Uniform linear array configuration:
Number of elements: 12
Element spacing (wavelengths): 0.75
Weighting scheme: kaiser
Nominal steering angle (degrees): -45
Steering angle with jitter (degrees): -45.803
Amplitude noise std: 0.05
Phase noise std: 0.05

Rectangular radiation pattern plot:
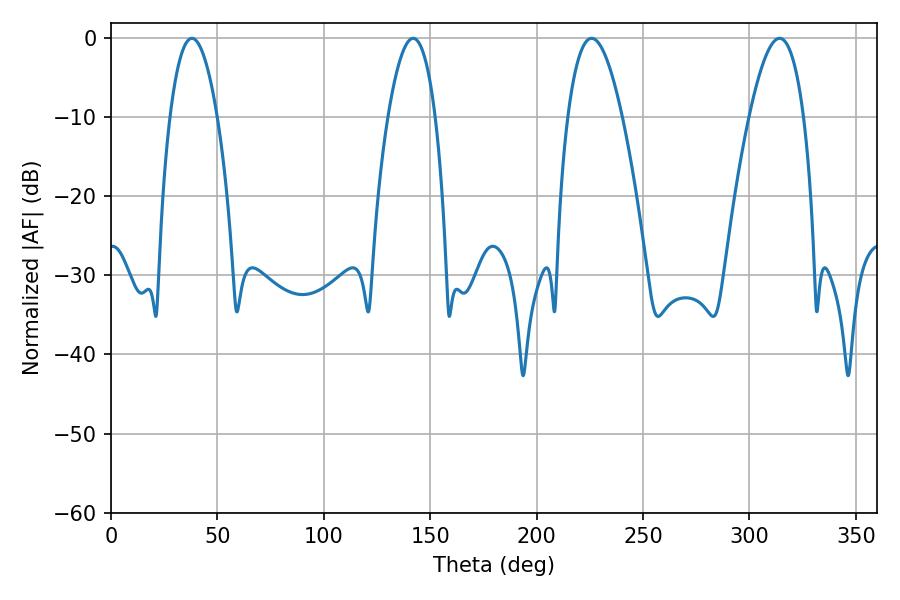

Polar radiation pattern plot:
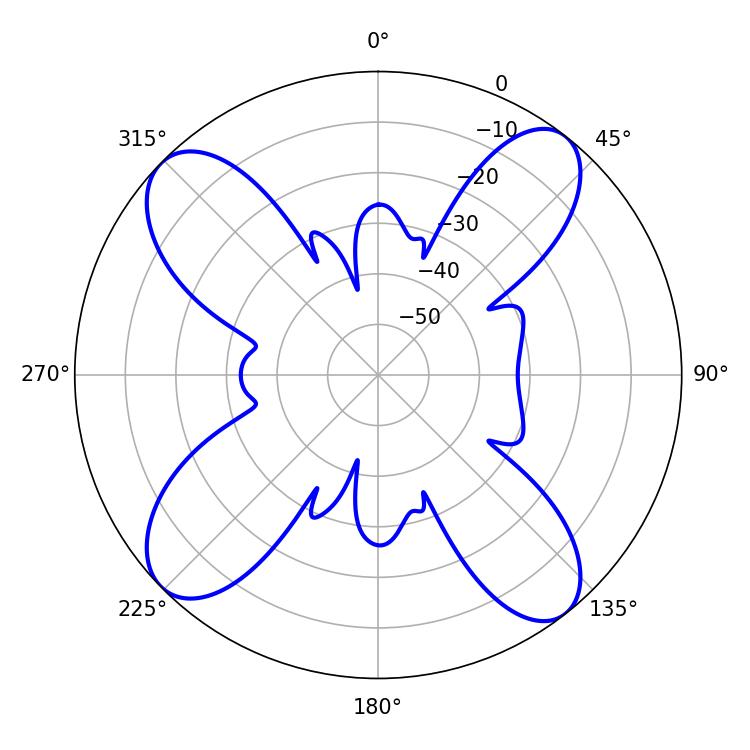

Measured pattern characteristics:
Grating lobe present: TRUE
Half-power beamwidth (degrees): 12.42
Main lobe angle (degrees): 37.98